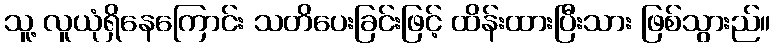
သူ့ လူယုံရှိနေကြောင်း သတိပေးခြင်းဖြင့် ထိန်းထားပြီးသား ဖြစ်သွားည်။